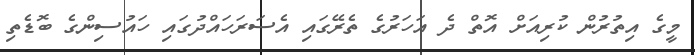
މީގެ އިތުރުން ކުރިއަށް އޮތް ދެ އަހަރުގެ ތެރޭގައި އެސަރަހައްދުގައި ހައުސިންގެ ބޮޑެތި